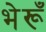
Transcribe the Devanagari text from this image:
भेरूँ